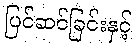
ပြင်ဆင်ခြင်းနှင့်